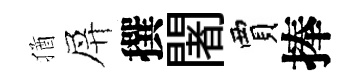
猶屏撰闍賈捧